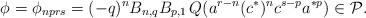
LaTeX: \begin{align*}\phi = \phi_{nprs} = (-q)^n B_{n,q} B_{p,1} \, Q ( a^{r-n} (c^*)^n c^{s-p} a^{*p} ) \in \mathcal{P}. \end{align*}